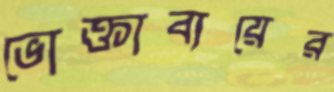
ভোক্তাব্যয়ের